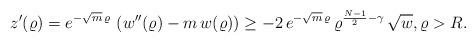
LaTeX: \begin{align*}z'(\varrho)=e^{-\sqrt{m}\, \varrho}\, \left(w''(\varrho)-m\,w(\varrho)\right)\ge -2\,e^{-\sqrt{m}\,\varrho}\,\varrho^{\frac{N-1}{2}-\gamma}\, \sqrt{w},\varrho>R.\end{align*}